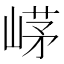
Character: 𡹰